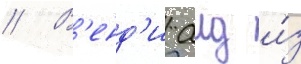
// В'енд'и аид и́з